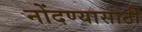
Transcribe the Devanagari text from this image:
नोंदण्यासाठी